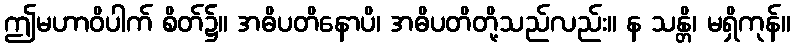
ဤမဟာဝိပါက် စိတ်၌။ အဓိပတိနောပိ၊ အဓိပတိတို့သည်လည်း။ န သန္တိ၊ မရှိကုန်။